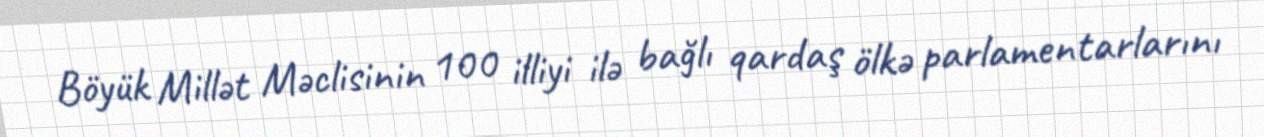
Böyük Millət Məclisinin 100 illiyi ilə bağlı qardaş ölkə parlamentarlarını